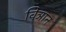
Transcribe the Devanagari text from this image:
विञान